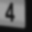
Digit: 4